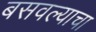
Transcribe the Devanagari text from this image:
बसवल्याचा